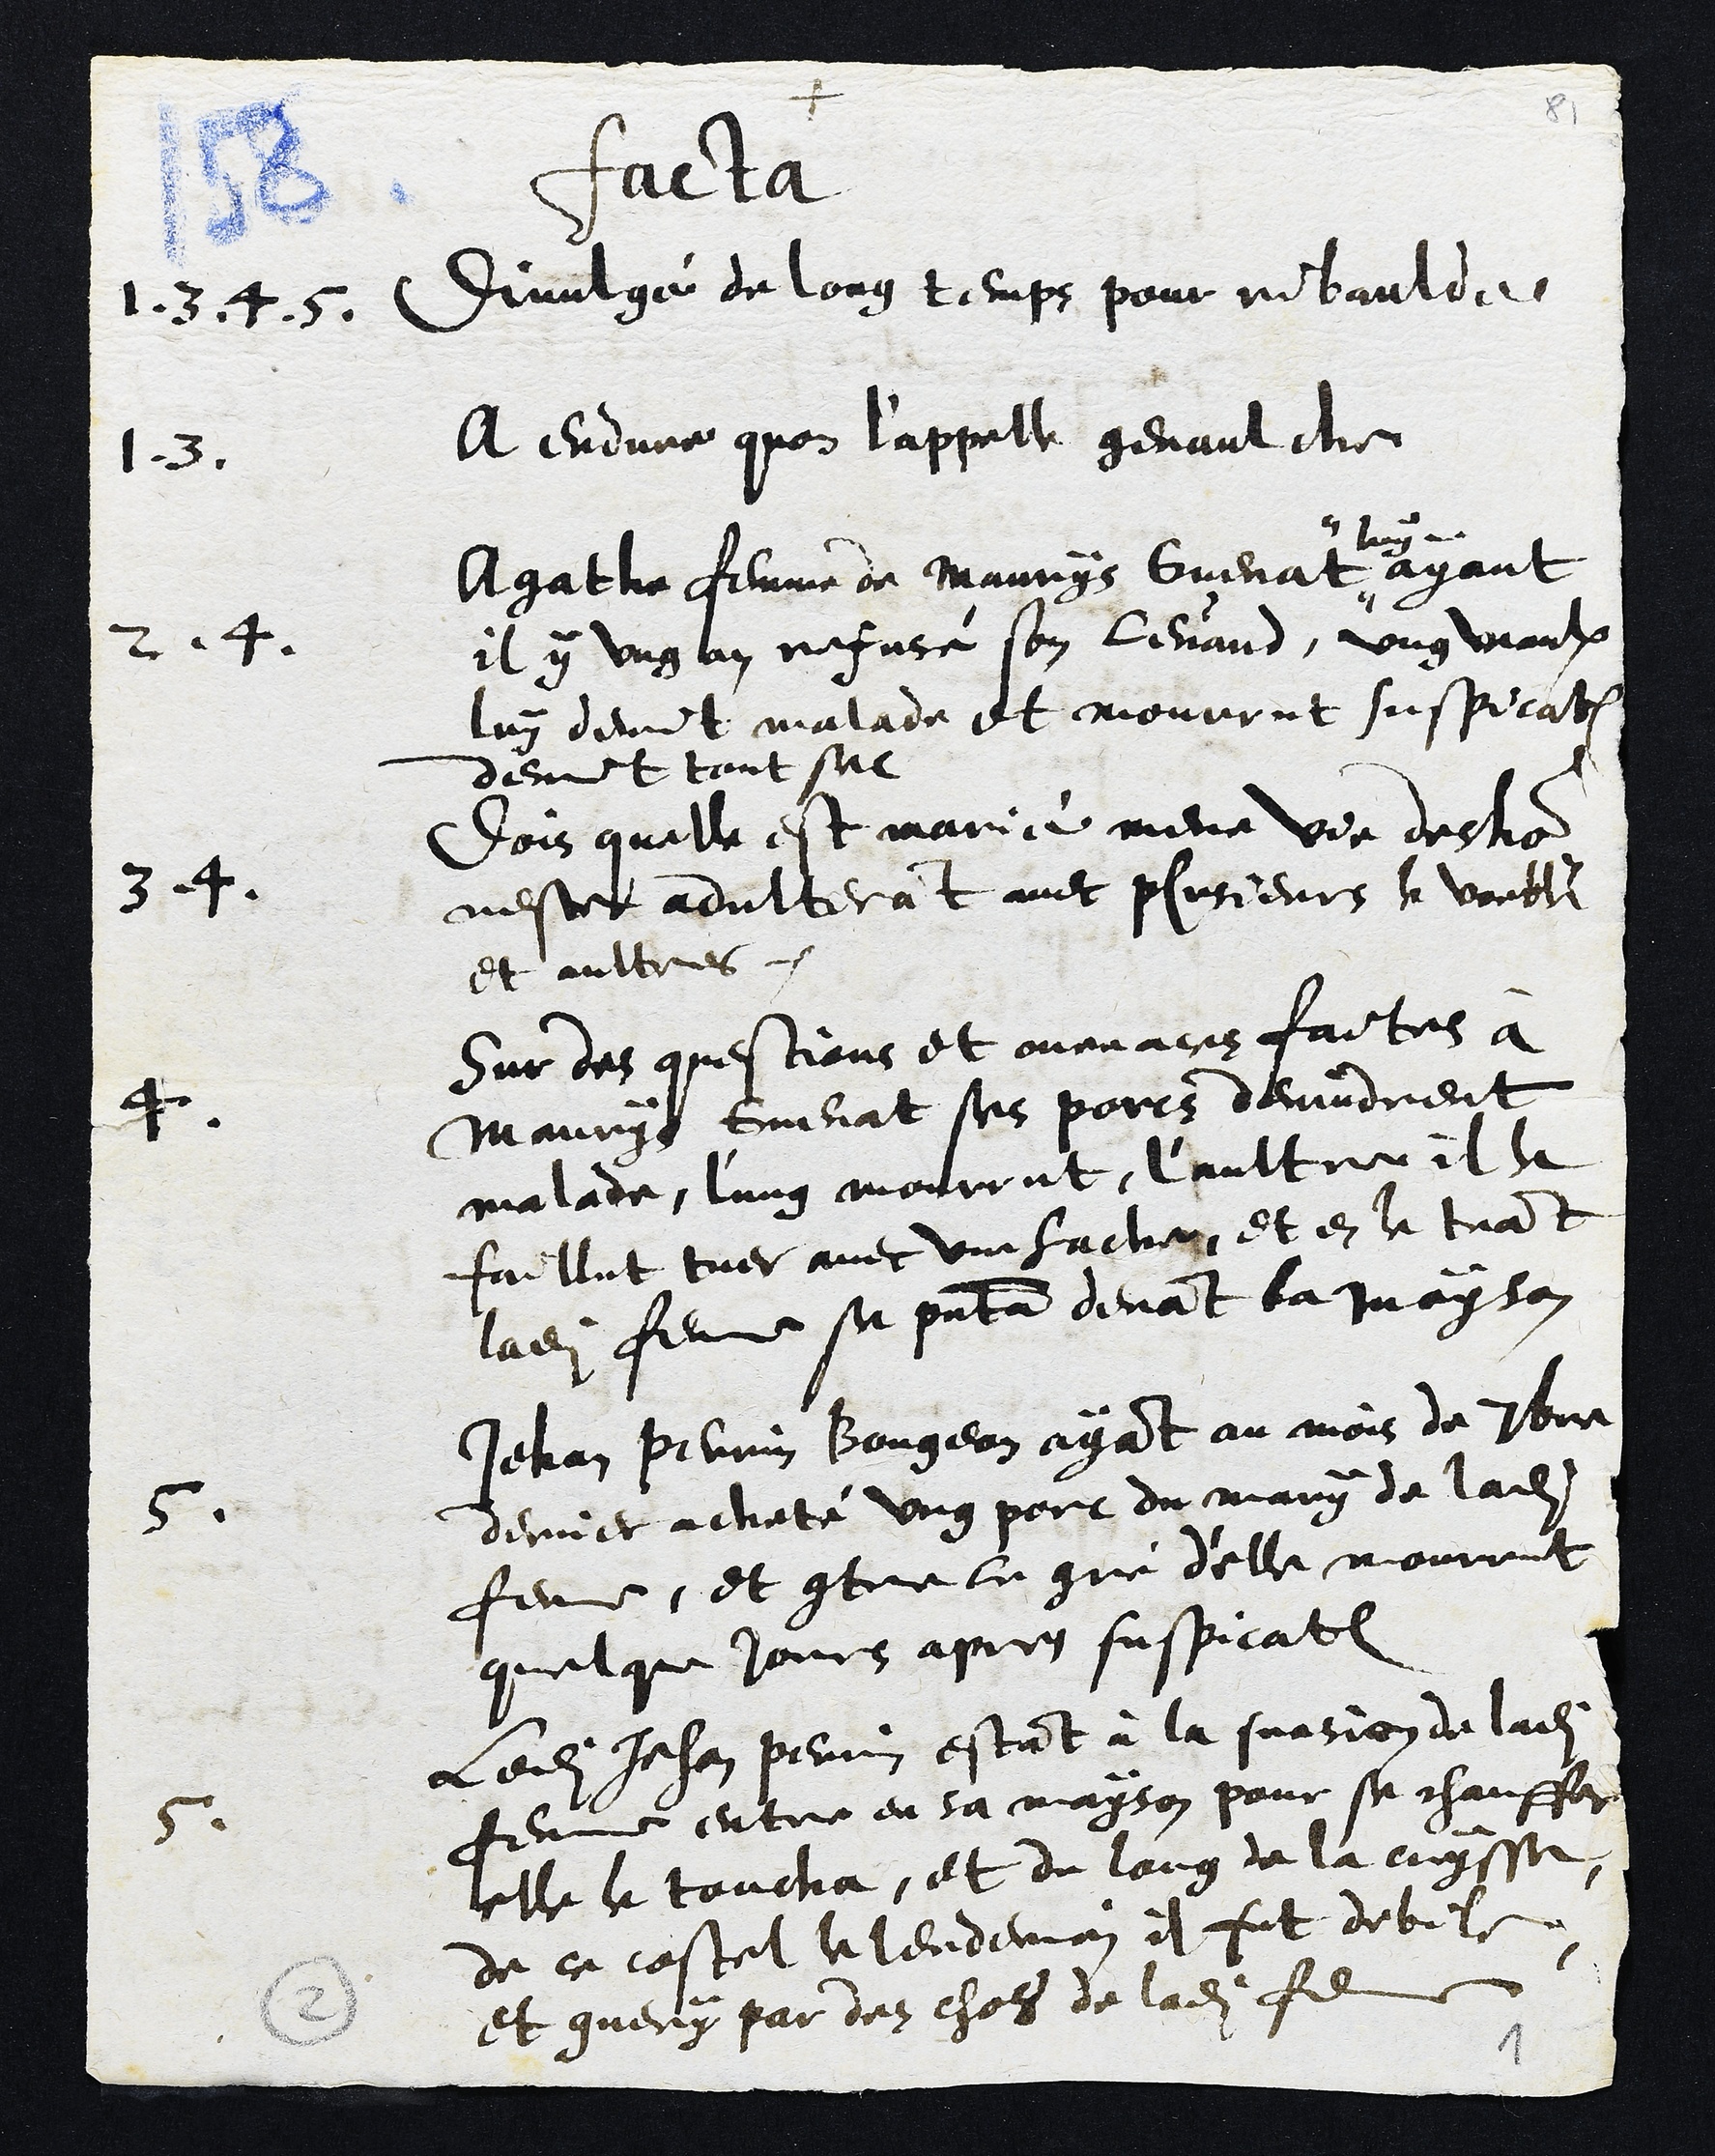
+
Facta
1. 3. 4. 5. Divulgé de long temps pour ribaulde
1. 3. A endure quon l'appelle genaulche
2. 4. Agathe femme de Maurys Guenat
luy
ayant
il y ung an refusé son levand, ung viaulx
luy devint malade et mourrut suspication
devint tout sec
3 4. Dois quelle est marié mene vie deshon
neste adulterant avec plusieurs le voeble
et aultres.
4. Sur des questions et menaces faites à
Maurys Guenat ses porcs devindrent
malade, l'ung mourrut, l'aultre il le
faillut tuer avec une hache, et en le tuant
ladite femme se presenta devant la mayson
5. Jehan Perrin Bougean ayant au mois de 7bre
dernier acheté ung porc du mary de ladite
femme, et contre le gré d'elle mourrut
quelque jours apres suspication
5. Ledit Jehan Perrin estant à la suasion de ladite
femme entre en sa mayson pour se chauffer
elle le toucha, et du long de la cuysse,
de ce costel le lendemain il fit debile,
et guery par des chols de ladite femme
2
1